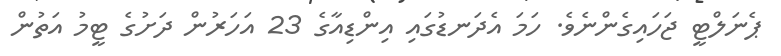
ޕެނަލްޓީ ޖަހައިގެންނެވެ. ހަމަ އެދަނޑުގައި އިންޑިއާގެ 23 އަހަރުން ދަށުގެ ޓީމު އަތުން